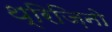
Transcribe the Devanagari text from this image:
थ्रिज़िनो